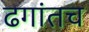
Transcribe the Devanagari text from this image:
ढगांतच